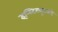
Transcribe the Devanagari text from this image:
इन्स्टिट्युटकडे